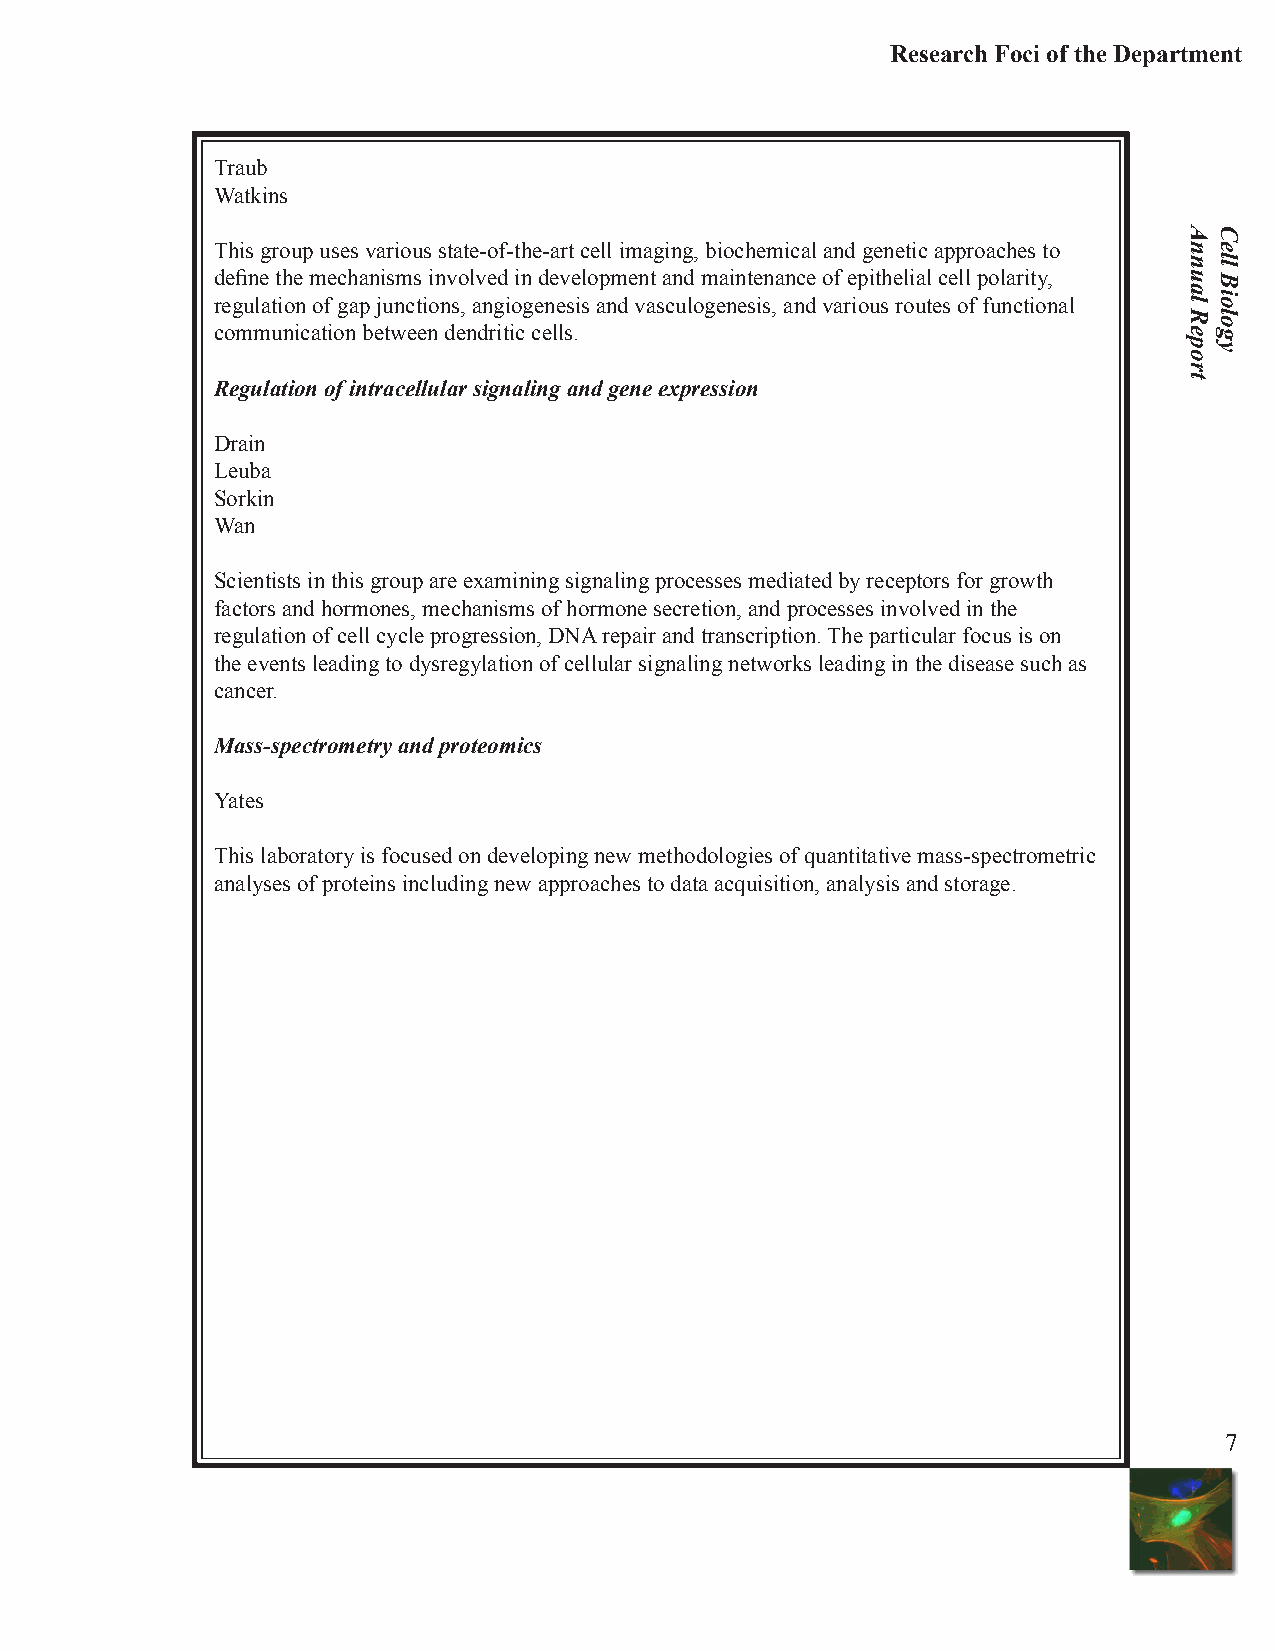
Research Foci of the Department
 Traub
 Watkins
 This group uses various state-of-the-art cell imaging, biochemical and genetic approaches to
 define the mechanisms involved in development and maintenance of epithelial cell polarity,
 regulation of gap junctions, angiogenesis and vasculogenesis, and various routes of functional
 communication between dendritic cells.
 Regulation of intracellular signaling and gene expression
 Drain
 Leuba
 Sorkin
 Wan
 Scientists in this group are examining signaling processes mediated by receptors for growth
 factors and hormones, mechanisms of hormone secretion, and processes involved in the
 regulation of cell cycle progression, DNA repair and transcription. The particular focus is on
 the events leading to dysregylation of cellular signaling networks leading in the disease such as
 cancer.
 Mass-spectrometry and proteomics
 Yates
 This laboratory is focused on developing new methodologies of quantitative mass-spectrometric
 analyses of proteins including new approaches to data acquisition, analysis and storage.
 7
 Annual
 Report
 Cell
 Biology